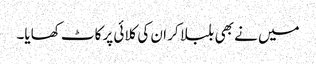
میں نے بھی بلبلا کر ان کی کلائی پر کاٹ کھایا۔